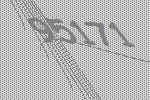
95171